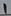
Text: 1